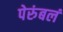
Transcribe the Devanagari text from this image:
पेरुंबलं